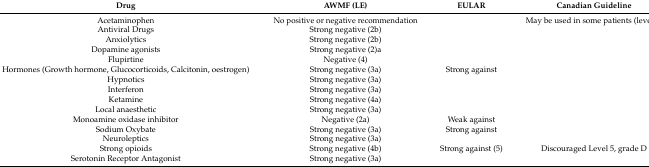
| Drug | AWMF (LE) | EULAR | Canadian Guideline |
 | --- | --- | --- | --- |
 | Acetaminophen | No positive or negative recommendation |  | May be used in some patients (level 5) |
 | Antiviral Drugs | Strong negative (2b) |  |  |
 | Anxiolytics | Strong negative (2b) |  |  |
 | Dopamine agonists | Strong negative (2)a |  |  |
 | Flupirtine | Negative (4) |  |  |
 | Hormones (Growth hormone, Glucocorticoids, Calcitonin, oestrogen) | Strong negative (3a) | Strong against |  |
 | Hypnotics | Strong negative (3a) |  |  |
 | Interferon | Strong negative (3a) |  |  |
 | Ketamine | Strong negative (4a) |  |  |
 | Local anaesthetic | Strong negative (3a) |  |  |
 | Monoamine oxidase inhibitor | Negative (2a) | Weak against |  |
 | Sodium Oxybate | Strong negative (3a) | Strong against |  |
 | Neuroleptics | Strong negative (3a) |  |  |
 | Strong opioids | Strong negative (4b) | Strong against (5) | Discouraged Level 5, grade D |
 | Serotonin Receptor Antagonist | Strong negative (3a) |  |  |